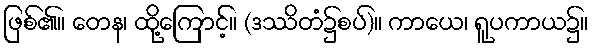
ဖြစ်၏။ တေန၊ ထို့ကြောင့်။ (ဒဿိတံ၌စပ်)။ ကာယေ၊ ရူပကာယ၌။